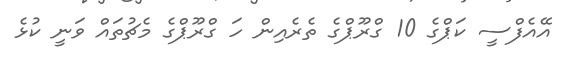
އޭއެފްސީ ކަޕްގެ 10 ގްރޫޕްގެ ތެރެއިން ހަ ގްރޫޕްގެ މެޗުތައް ވަނީ ކުޅެ